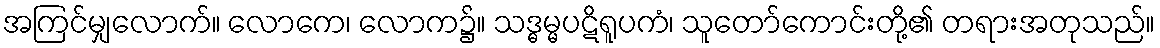
အကြင်မျှလောက်။ လောကေ၊ လောက၌။ သဒ္ဓမ္မပဋိရူပကံ၊ သူတော်ကောင်းတို့၏ တရားအတုသည်။